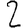
Digit: 2